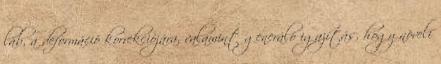
láb, a deformáció korrekciójára, valamint generáló igazítás, hogy növeli